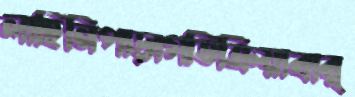
লাহিনিপাড়াগতিক্রিয়াবার্